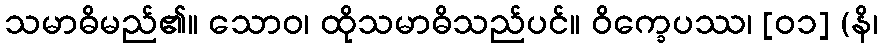
သမာဓိမည်၏။ သောဝ၊ ထိုသမာဓိသည်ပင်။ ဝိက္ခေပဿ၊ [၀၁] (နိ၊